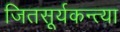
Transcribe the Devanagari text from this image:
जितसूर्यकन्त्या